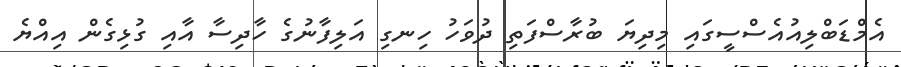
އެމްޑަބްލިއުއެސްސީގައި މިދިޔަ ބުރާސްފަތި ދުވަހު ހިނގި އަލިފާނުގެ ހާދިސާ އާއި ގުޅިގެން އިއްޔެ